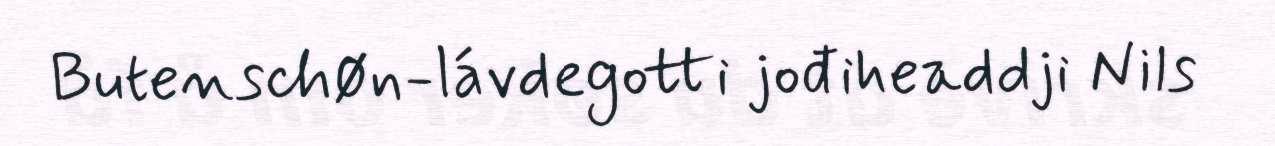
Butenschøn-lávdegotti jođiheaddji Nils